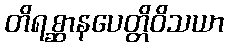
တိရစ္ဆာနပေတ္တိဝိသယာ